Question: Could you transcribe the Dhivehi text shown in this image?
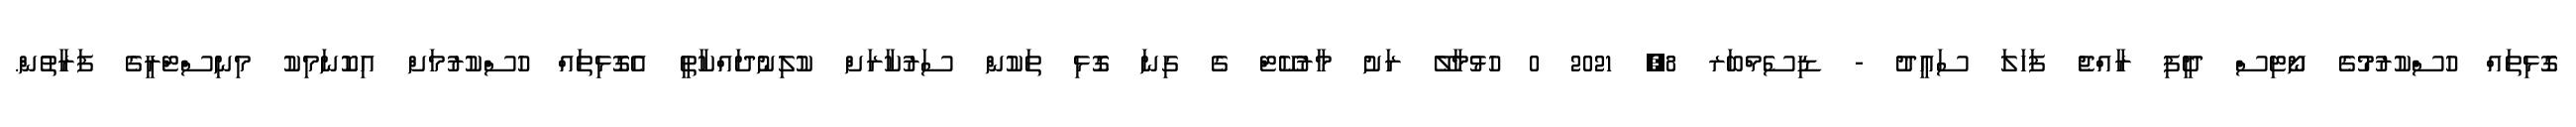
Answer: ގޮޅިތައް ހުސްކުރުމުގެ ނޯޓިސް ދީފި ރާއްޖެ ފަހަލަ ސަޢީދު - ޑިސެމްބަރ 8, 2021 0 ހުޅުމާލޭ ރަށު މާރުކޭޓް ގެ ގިނަ ގޮޅި ތަކުން ސަރުކާރަށް ކުލިނުދައްކާތީ އެގޮޅިތައް ހުސްކުރުމަށް އިކޮނަމިކު މިނިސްޓްރީގެ ފަރާތުން.